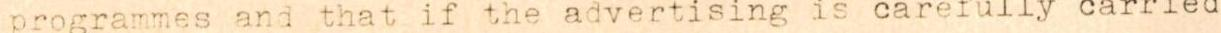
programmes and that if the advertising is carefully carried